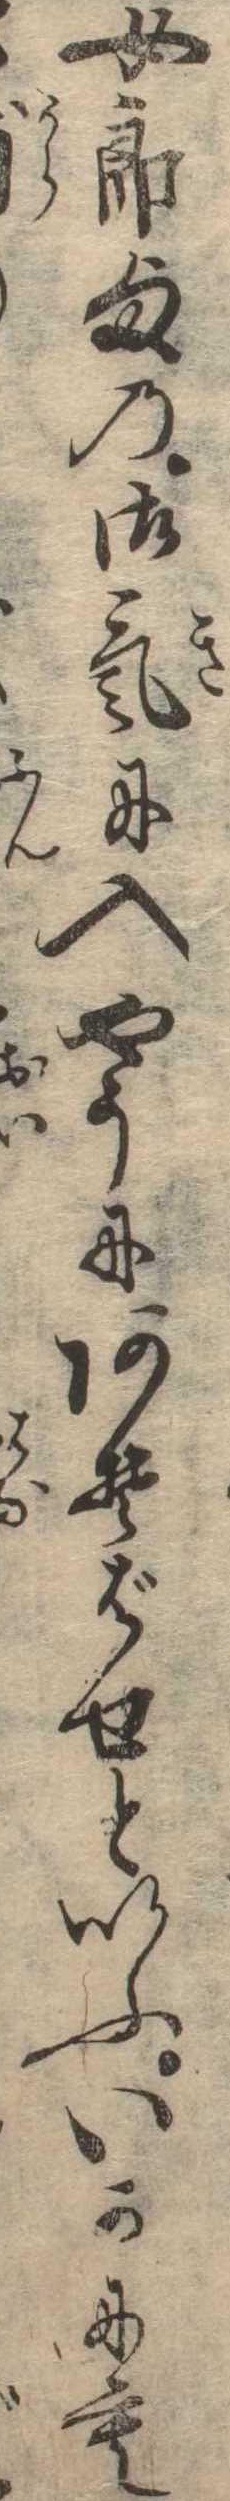
女郎様の御気に入やうにあそばせといふいかにも